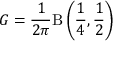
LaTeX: G = { \frac { 1 } { 2 \pi } } \mathrm { B } \left( { \frac { 1 } { 4 } } , { \frac { 1 } { 2 } } \right)